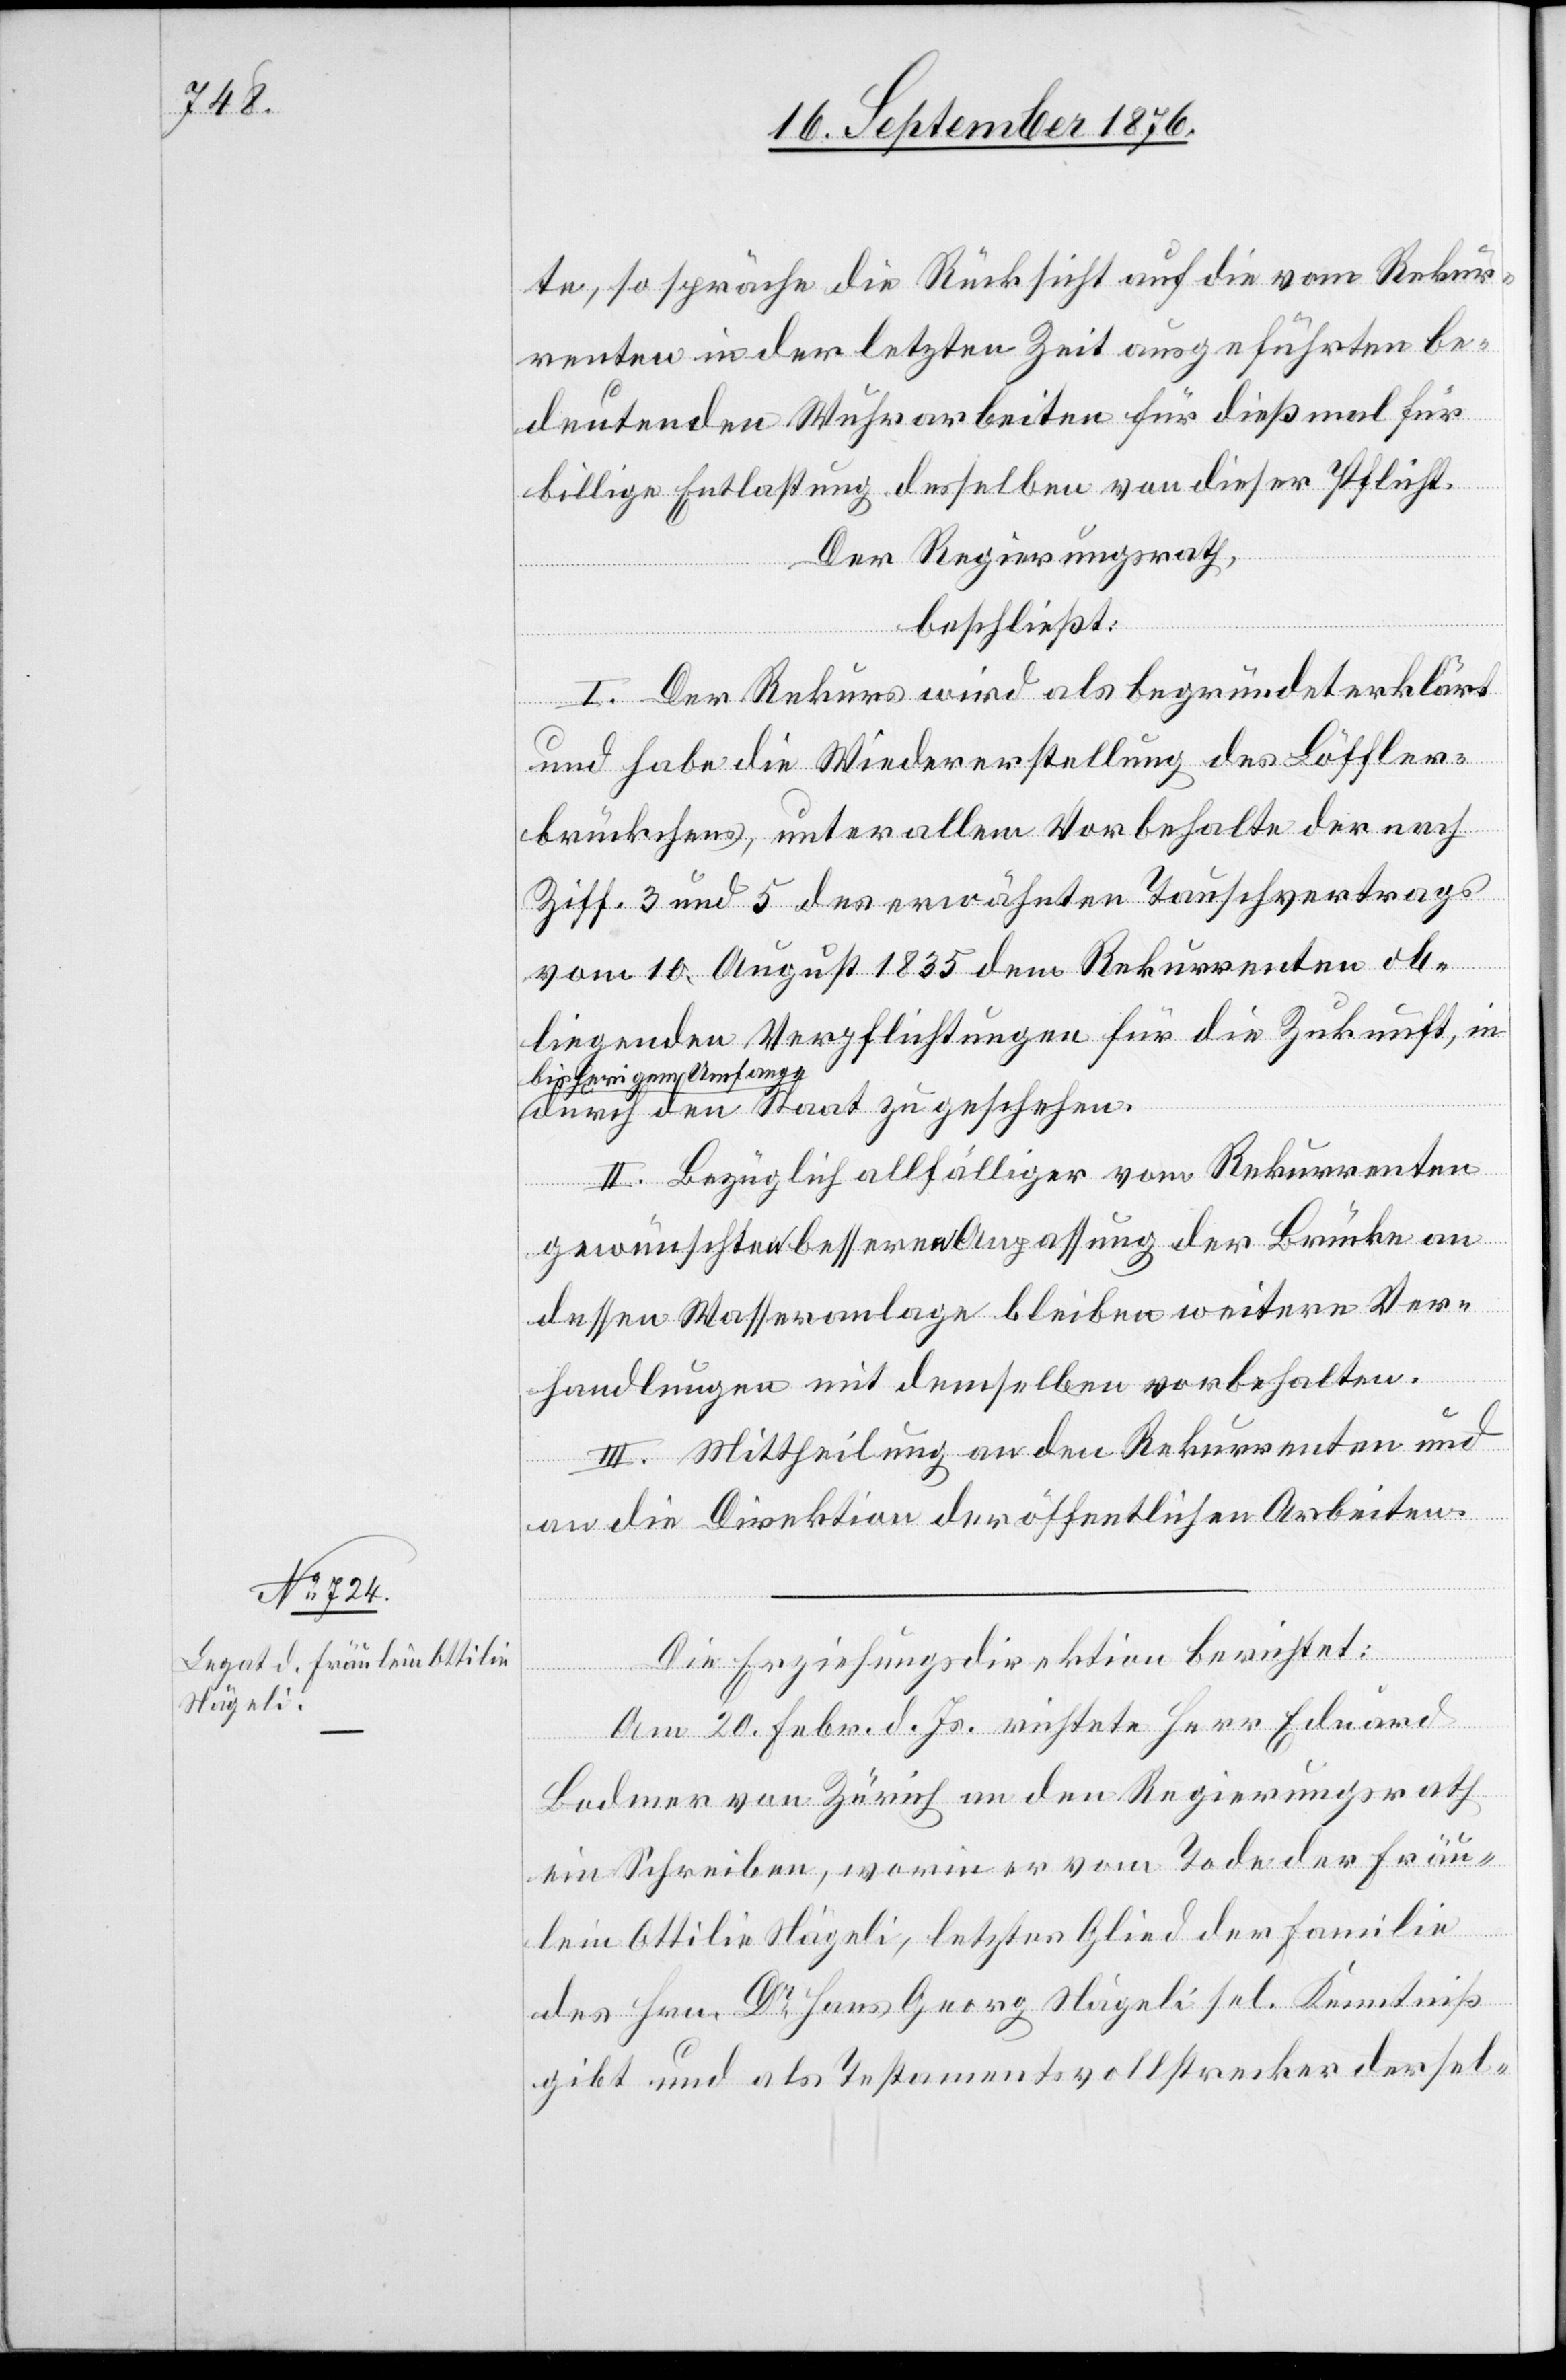
te, so spräche die Rücksicht auf die vom Rekur¬
renten in der letzten Zeit ausgeführten be¬
deutenden Wuhrarbeiten für dießmal für
billige Entlastung desselben von dieser Pflicht.
Der Regierungsrath,
beschließt:
I. Der Rekurs wird als begründet erklärt
und habe die Wiedererstellung des Löffler¬
brückchens, unter allem Vorbehalte der nach
Ziff. 3 und 5 des erwähnten Tauschvertrags
vom 10. August 1835 dem Rekurrenten ob¬
liegenden Verpflichtungen für die Zukunft, in
bisherigem Umfange
durch den Staat zu geschehen.
II. Bezüglich allfälliger vom Rekurrenten
gewünschter besserer Anpassung der Brücke an
dessen Wasseranlage bleiben weitere Ver¬
handlungen mit demselben vorbehalten.
II. Mittheilung an den Rekurrenten und
an die Direktion der öffentlichen Arbeiten.
Die Erziehungsdirektion berichtet:
Am 20. Febr. d. Js. richtete Herr Eduard
Bodmer von Zürich an den Regierungsrath
ein Schreiben, worin er vom Tode der [sic!]
Fräu¬
lein Ottilie Nägeli, letztes Glied der Familie
des Hrn. Dr Hans Georg Nägeli sel. Kenntniß
gibt und als Testamentsvollstrecker dersel-